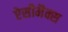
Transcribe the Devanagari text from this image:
ऐसीमैक्स